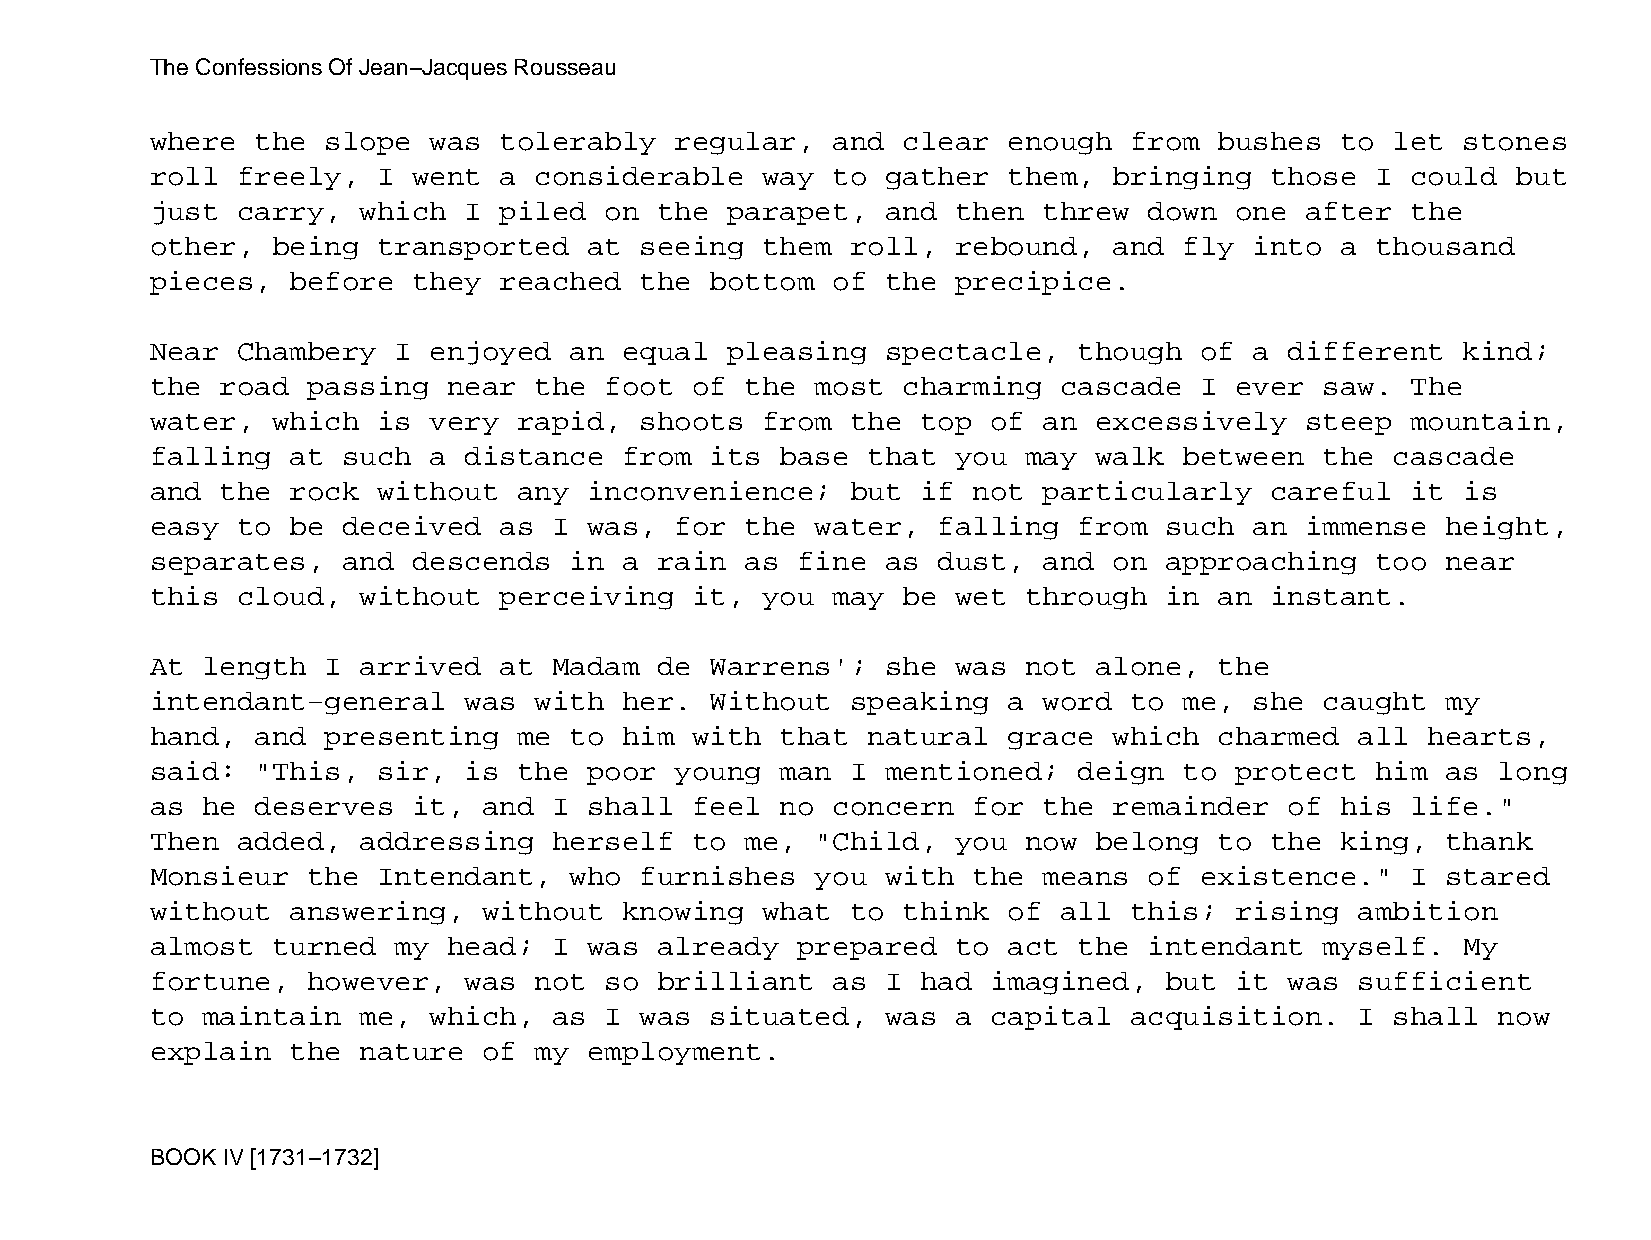
The Confessions Of Jean−Jacques Rousseau
 where  the  slope was  tolerably   regular,  and  clear  enough  from  bushes  to let  stones
 roll  freely,  I went  a considerable   way  to  gather  them,  bringing  those  I could  but
 just  carry,  which  I piled  on  the parapet,   and then  threw  down  one after  the
 other,  being  transported   at seeing  them  roll,  rebound,   and fly  into  a thousand
 pieces,  before  they  reached  the  bottom  of  the precipice.
 Near  Chambery  I enjoyed   an equal  pleasing   spectacle,  though  of  a different   kind;
 the  road passing   near the  foot  of the  most  charming  cascade  I  ever  saw. The
 water,  which  is very  rapid,  shoots  from  the  top  of an excessively   steep  mountain,
 falling  at  such a  distance  from  its  base that  you  may walk  between   the cascade
 and  the rock  without  any  inconvenience;   but  if not  particularly   careful  it  is
 easy  to be  deceived  as  I was,  for the  water,  falling  from  such  an immense   height,
 separates,   and descends   in a  rain as  fine  as dust,  and  on approaching   too  near
 this  cloud,  without  perceiving   it, you  may  be wet  through  in  an instant.
 At length   I arrived  at  Madam  de Warrens';   she was  not alone,   the
 intendant−general    was with  her.  Without  speaking   a word  to me,  she  caught  my
 hand,  and  presenting  me  to him  with  that natural   grace  which  charmed  all  hearts,
 said:  "This,  sir,  is the  poor  young  man I  mentioned;  deign  to  protect  him  as long
 as he  deserves  it,  and  I shall  feel  no concern  for  the  remainder  of  his life."
 Then  added,  addressing   herself  to me,  "Child,  you  now belong   to the  king,  thank
 Monsieur  the  Intendant,   who furnishes   you  with the  means  of existence."   I  stared
 without  answering,   without  knowing  what  to  think  of all  this;  rising  ambition
 almost  turned  my  head;  I was  already  prepared  to  act the  intendant   myself.  My
 fortune,  however,   was not  so  brilliant  as  I had  imagined,  but  it was  sufficient
 to maintain   me, which,   as I was  situated,   was a  capital  acquisition.   I shall  now
 explain  the  nature  of my  employment.
 BOOK IV [1731−1732]